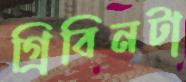
গ্রিবিনটা